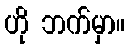
ဟို ဘက်မှာ။